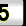
Digit: 5